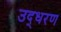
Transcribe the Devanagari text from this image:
उद्‍धरण